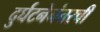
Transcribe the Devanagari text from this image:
दुर्घटनेनंतरची